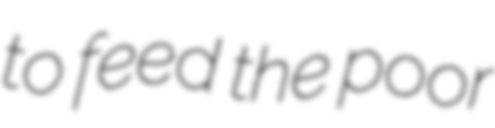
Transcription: to feed the poor